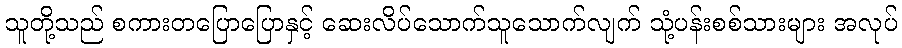
သူတို့သည် စကားတပြောပြောနှင့် ဆေးလိပ်သောက်သူသောက်လျက် သုံ့ပန်းစစ်သားများ အလုပ်